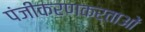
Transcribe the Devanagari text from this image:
पंजीकरणकर्ताओं